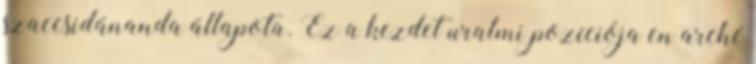
szaccsidánanda állapota. Ez a kezdet uralmi pozíciója en arché